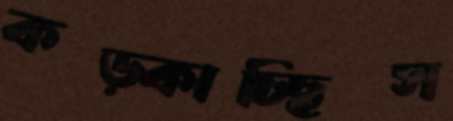
কড়্‌কাচ্ছিস